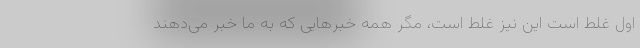
اول غلط است این نیز غلط است، مگر همه خبرهایی که به ما خبر می‌دهند